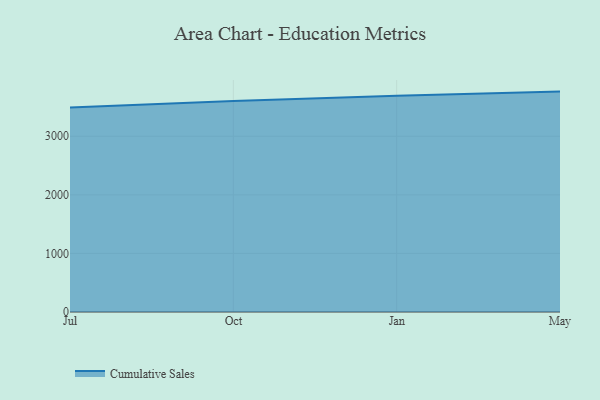
{"axis": {"x": "Month", "y": "Page Views"}, "legend": ["Cumulative Sales"], "data": [{"x": "Jul", "y": 3493.2, "type": "Cumulative Sales"}, {"x": "Oct", "y": 3603.9, "type": "Cumulative Sales"}, {"x": "Jan", "y": 3691.0, "type": "Cumulative Sales"}, {"x": "May", "y": 3762.5, "type": "Cumulative Sales"}]}